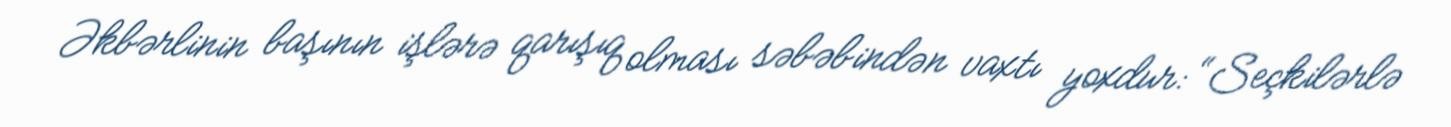
Əkbərlinin başının işlərə qarışıq olması səbəbindən vaxtı yoxdur: “Seçkilərlə